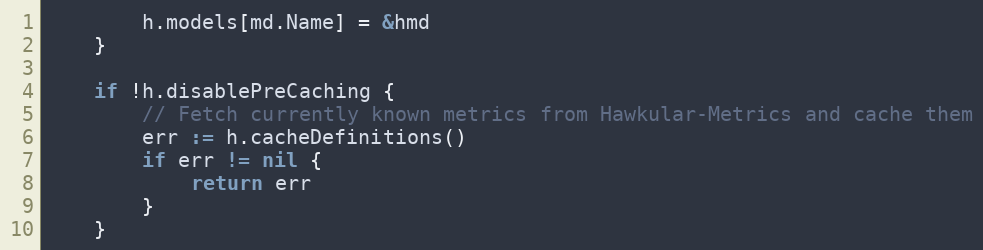
Language: Go
		h.models[md.Name] = &hmd
	}

	if !h.disablePreCaching {
		// Fetch currently known metrics from Hawkular-Metrics and cache them
		err := h.cacheDefinitions()
		if err != nil {
			return err
		}
	}